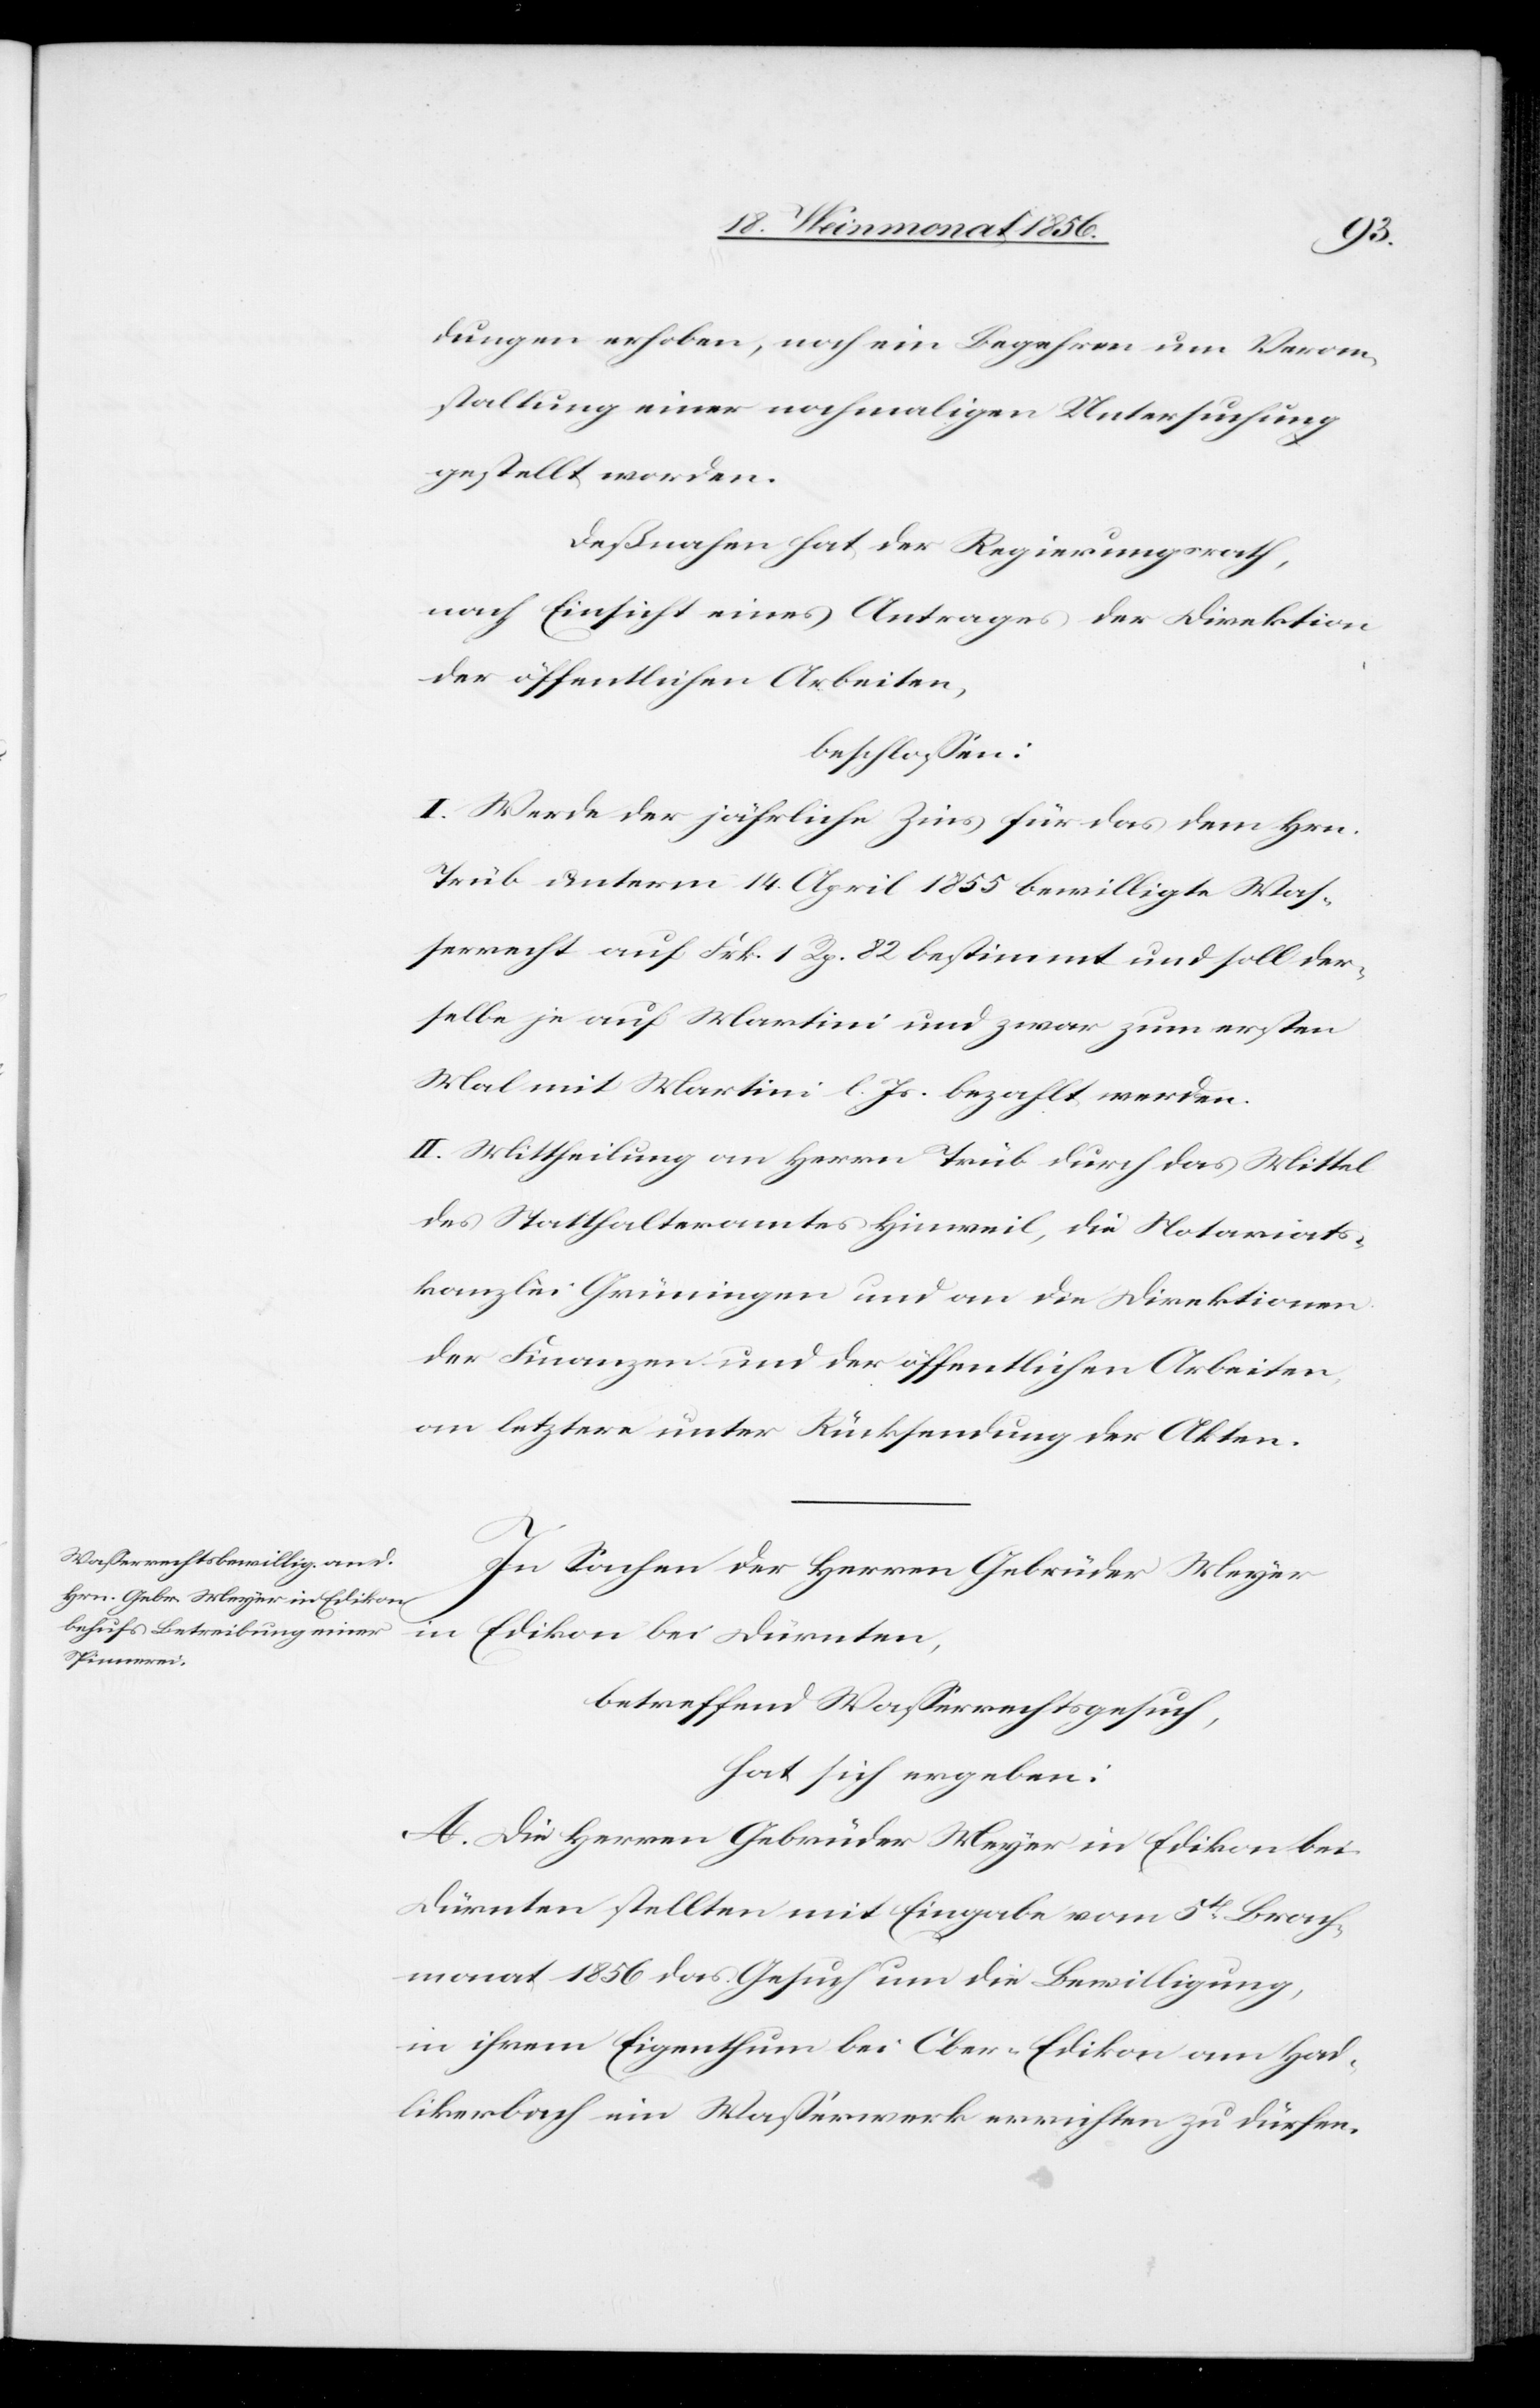
dungen erhoben, noch ein Begehren um Veran¬
staltung einer nochmaligen Untersuchung
gestellt worden.
Deßnahen hat der Regierungsrath,
nach Einsicht eines Antrages der Direktion
der öffentlichen Arbeiten,
beschlossen:
I. Werde der jährliche Zins für das dem Hrn.
Trüb unterm 14. April 1855 bewilligte Was¬
serrecht auf Frk. 1 Rp. 82 bestimmt und soll der¬
selbe je auf Martini und zwar zum ersten
Mal mit Martini l. Js. bezahlt werden.
II. Mittheilung an Herrn Trüb durch das Mittel
des Statthalteramtes Hinweil, die Notariats¬
kanzlei Grüningen und an die Direktionen
der Finanzen und der öffentlichen Arbeiten,
an letztere unter Rücksendung der Akten.
In Sachen der Herren Gebrüder Meyer
Edikon bei Dürnten,
betreffend Wasserrechtsgesuch,
hat sich ergeben:
A. Die Herren Gebrüder Meyer in Edikon bei
Dürnten stellten mit Eingabe vom 5t Brach¬
monat 1856 das Gesuch um die Bewilligung,
in ihrem Eigenthum bei Ober-Edikon am Had¬
likerbach ein Wasserwerk errichten zu dürfen.